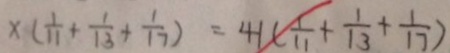
x ( \frac { 1 } { 1 1 } + \frac { 1 } { 1 3 } + \frac { 1 } { 1 7 } ) = 4 1 ( \frac { 1 } { 1 1 } + \frac { 1 } { 1 3 } + \frac { 1 } { 1 7 } )